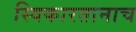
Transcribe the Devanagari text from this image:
स्विकारतानाच